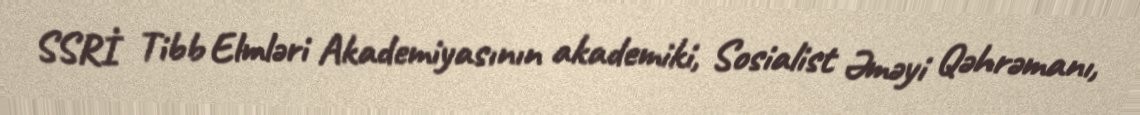
SSRİ Tibb Elmləri Akademiyasının akademiki, Sosialist Əməyi Qəhrəmanı,